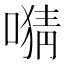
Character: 𫫜